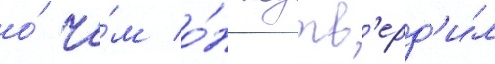
о́ че́м о́н подтв'ерд'и́л